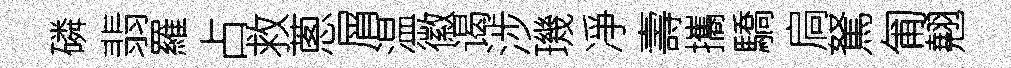
磷翡羅占救蔥屑温徽谒涉璣凈壽攜驕扃駑匍翹